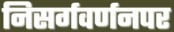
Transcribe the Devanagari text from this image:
निसर्गवर्णनपर